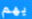
يهم